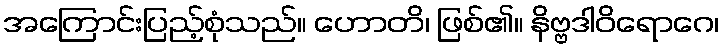
အကြောင်းပြည့်စုံသည်။ ဟောတိ၊ ဖြစ်၏။ နိဗ္ဗဒါဝိရောဂေ၊